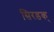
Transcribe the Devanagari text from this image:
सिरडक्